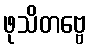
ဖုသိတဗ္ဗေ